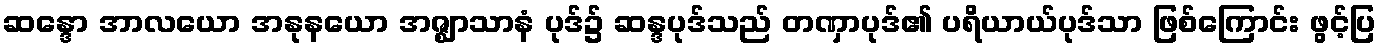
ဆန္ဒော အာလယော အနုနယော အဇ္ဈာသာနံ ပုဒ်၌ ဆန္ဒပုဒ်သည် တဏှာပုဒ်၏ ပရိယာယ်ပုဒ်သာ ဖြစ်ကြောင်း ဖွင့်ပြ